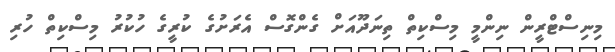
މިނިސްޓްރީން ނިންމީ މިސްކިތް ތިނަދޫއަށް ގެންގޮސް އެރަށުގެ ކުރީގެ ހުކުރު މިސްކިތް ހުރި